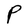
Character: P